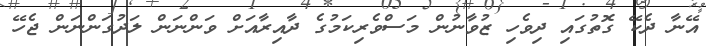
އޭނާ ދެކޭ ގޮތުގައި ދިވެހި ޒުވާނުން މަސްވެރިކަމުގެ ދާއިރާއަށް ވަންނަން ލަދުގަންނަން ޖެހޭ